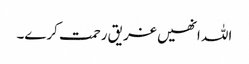
اللہ انھیں غریق رحمت کرے۔